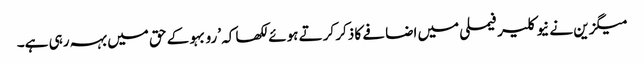
میگزین نے نیوکلیر فیملی میں اضافے کا ذکر کرتے ہوئے لکھا کہ ’رو بہو کے حق میں بہہ رہی ہے۔